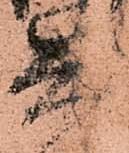
兵